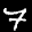
Label: 7